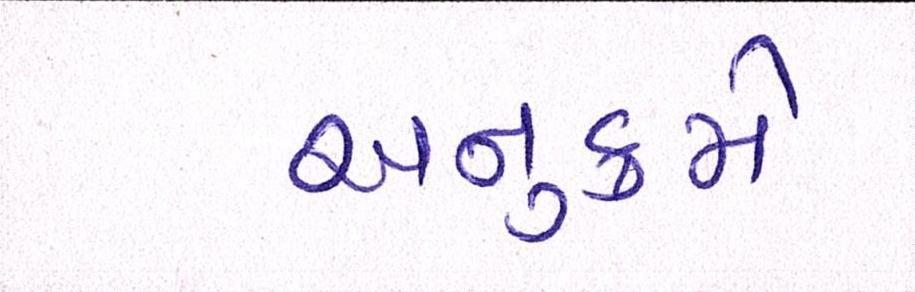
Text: અનુક્રમે